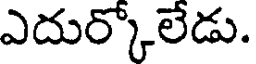
ఎదుర్కోలేడు.